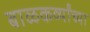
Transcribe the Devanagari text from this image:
बाळकर्व्यांच्या